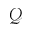
\mathcal { Q }